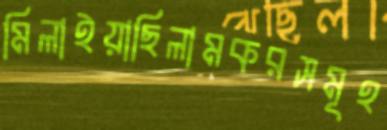
মিলাইয়াছিলামকরসমূহ